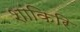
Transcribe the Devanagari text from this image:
शांकिरि